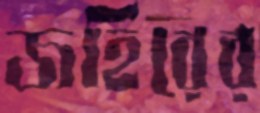
জহিরের